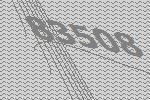
83508